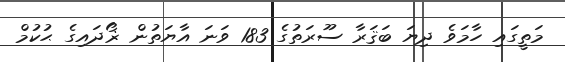
މަތީގައި ހާމަވެ ދިޔަ ބަޤަރާ ސޫރަތުގެ 183 ވަނަ އާޔަތުން ޜޯދައިގެ ޙުކުމް